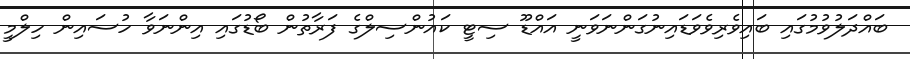
ބައްދަލުވުމުގައި ބައިވެރިވެވަޑައިނުގަންނަވަނީ އައްޑޫ ސިޓީ ކައުންސިލްގެ ފަރާތުން ބޯޑުގައި އިންނަވާ ހުސައިން ހިލްމީ